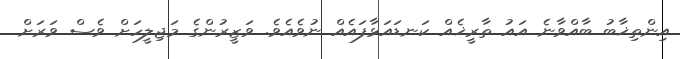
އިންތިޚާބު ބާއްވާނެ އައު ތާރީޚެއް ކަނޑައަޅާފައެއް ނުވެއެވެ. ވަޒީރުންގެ މަޖިލީހަށް ވެސް ވަރަށް